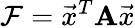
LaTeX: \mathcal{F}=\vec{x}^{T}\mathbf{A}\vec{x}